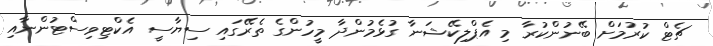
ޗެޓް ކުރުމަށް ބޭނުންކުރާ މި އެޕްލިކޭޝަނާ ގުޅެމުންދާ މީހުންގެ ތެރޭގައި ސިޔާސީ އެކްޓިވިސްޓުންނާއި